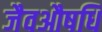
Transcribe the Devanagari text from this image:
जैवऔषधि